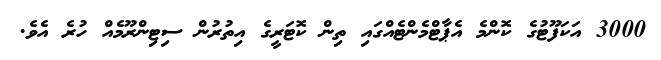
3000 އަކަފޫޓުގެ ކޮންމެ އެޕާޓްމެންޓެއްގައި ތިން ކޮޓަރީގެ އިތުރުން ސިޓިންރޫމެއް ހުރެ އެވެ.